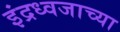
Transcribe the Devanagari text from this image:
इंद्रध्वजाच्या